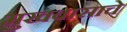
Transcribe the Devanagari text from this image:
मुखवासाचे